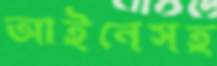
আইনেসহ